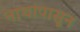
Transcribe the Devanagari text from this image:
नाथांपासून